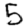
Digit: 5